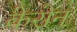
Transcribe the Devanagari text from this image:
केरोन